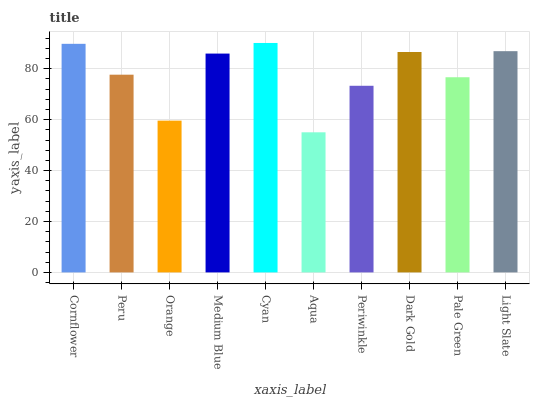
| xaxis_label | bars |
 | --- | --- |
 | Cornflower | 89.8 |
 | Peru | 77.7 |
 | Orange | 59.6 |
 | Medium Blue | 86 |
 | Cyan | 90.1 |
 | Aqua | 55 |
 | Periwinkle | 73.3 |
 | Dark Gold | 86.6 |
 | Pale Green | 76.7 |
 | Light Slate | 86.9 |